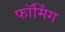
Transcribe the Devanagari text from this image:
फॉर्मिंग